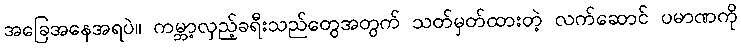
အခြေအနေအရပဲ။ ကမ္ဘာ့လှည့်ခရီးသည်တွေအတွက် သတ်မှတ်ထားတဲ့ လက်ဆောင် ပမာဏကို